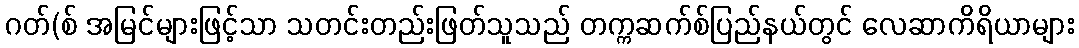
ဂတ်(စ် အမြင်များဖြင့်သာ သတင်းတည်းဖြတ်သူသည် တက္ကဆက်စ်ပြည်နယ်တွင် လေဆာကိရိယာများ